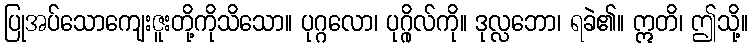
ပြုအပ်သောကျေးဇူးတို့ကိုသိသော။ ပုဂ္ဂလော၊ ပုဂ္ဂိုလ်ကို။ ဒုလ္လဘော၊ ရခဲ၏။ ဣတိ၊ ဤသို့။